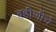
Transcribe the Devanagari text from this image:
बहीणीचे